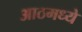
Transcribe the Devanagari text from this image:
आठमध्ये